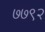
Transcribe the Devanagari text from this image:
७७९२